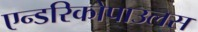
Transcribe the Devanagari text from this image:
एन्डरिकोपाउलस